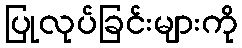
ပြုလုပ်ခြင်းများကို